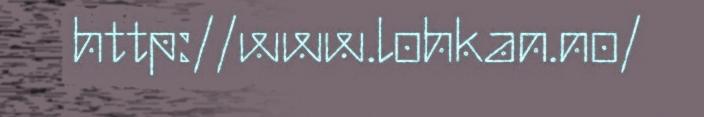
http://www.lohkan.no/